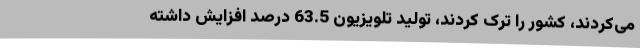
می‌کردند، کشور را ترک کردند، تولید تلویزیون 63.5 درصد افزایش داشته